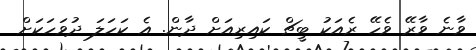
ވާނެ ވާރޭ ވެހޭ ރެއަކު ބީޗް ކައިރިއަށް ދާން. އެ ކަހަލަ ދުވަހަކަށް